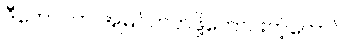
ဒီကောင်က အမြင်ကတ်ဖို့ကောင်းတဲ့ကောင်။